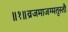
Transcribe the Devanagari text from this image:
॥१॥व्रजमाजग्मतुस्तौ